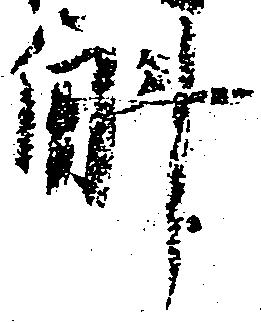
斛